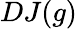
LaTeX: DJ(g)